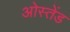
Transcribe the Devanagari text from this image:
ओस्तेंड